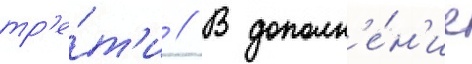
тр'е́т'и // В дополн'е́н'ие